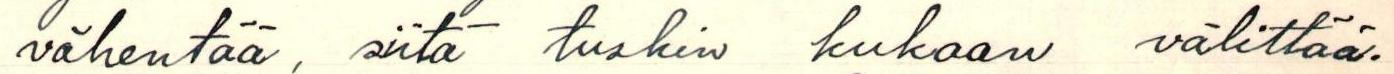
vähentää, siitä tuskin kukaan välittää.